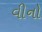
વીનો